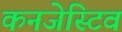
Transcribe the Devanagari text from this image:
कनजेस्टिव